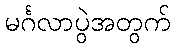
မင်္ဂလာပွဲအတွက်